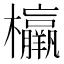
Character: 𣠾